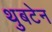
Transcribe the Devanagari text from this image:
थुबटेन